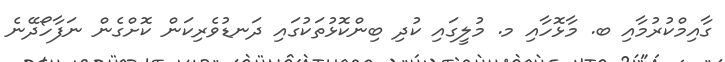
ގާއިމްކުުރުމާއި ބ. މާޅޮހާއި މ. މުލީގައި ކުދި ބިންކޮޅުތަކުގައި ދަނޑުވެރިކަން ކޮށްގެން ނަފާހޯދޭނެ